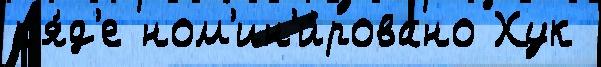
р'я́д'е ном'ин'и́ровано Хук